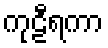
ကုဠီရကာ